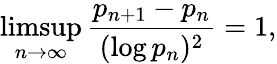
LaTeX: \operatorname*{limsup}_{n\rightarrow\infty}{\frac{p_{n+1}-p_{n}}{(\log p_{n})^{2}}}=1,